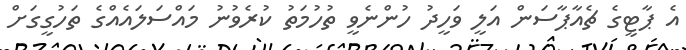
އެ ޕާޓީގެ ޗެއާޕާސަން އަލީ ވަހީދު ހުންނެވީ ތުހުމަތު ކުރެވުނު މައްސަލައެއްގެ ތަހުގީގަށް